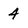
Character: 4